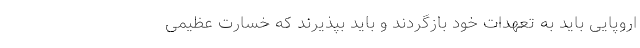
اروپایی باید به تعهدات خود بازگردند و باید بپذیرند که خسارت عظیمی